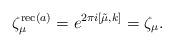
LaTeX: \begin{align*}\zeta_\mu^{\mathrm{rec}(a)} =e^{2\pi i [ \tilde{\mu}, k] } = \zeta_\mu.\end{align*}